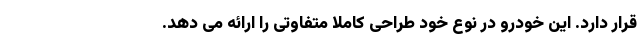
قرار دارد. این خودرو در نوع خود طراحی کاملا متفاوتی را ارائه می دهد.